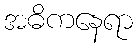
အဓိကနေရာ